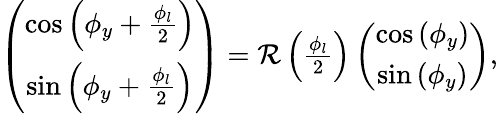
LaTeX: \begin{array}{r}{\left(\begin{array}{c}{\cos\left(\phi_{y}+\frac{\phi_{l}}{2}\right)}\\ {\sin\left(\phi_{y}+\frac{\phi_{l}}{2}\right)}\end{array}\right)={\mathcal R}\left(\frac{\phi_{l}}{2}\right)\left(\begin{array}{c}{\cos\left(\phi_{y}\right)}\\ {\sin\left(\phi_{y}\right)}\end{array}\right),}\end{array}